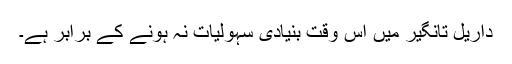
داریل تانگیر میں اس وقت بنیادی سہولیات نہ ہونے کے برابر ہے۔